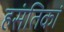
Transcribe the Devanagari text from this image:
हसंतिकां